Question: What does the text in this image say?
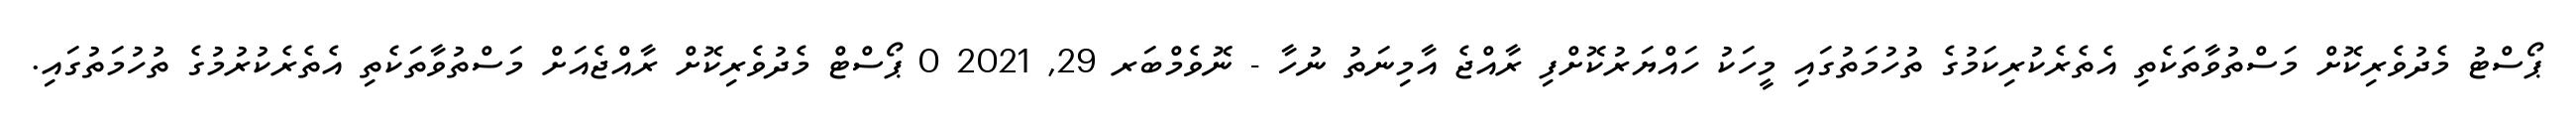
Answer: ޕޯސްޓު މެދުވެރިކޮށް މަސްތުވާތަކެތި އެތެރެކުރިކަމުގެ ތުހުމަތުގައި މީހަކު ހައްޔަރުކޮށްފި ރާއްޖެ އާމިނަތު ނުހާ - ނޮވެމްބަރ 29, 2021 0 ޕޯސްޓް މެދުވެރިކޮށް ރާއްޖެއަށް މަސްތުވާތަކެތި އެތެރެކުރުމުގެ ތުހުމަތުގައި.